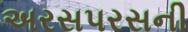
અરસપરસની